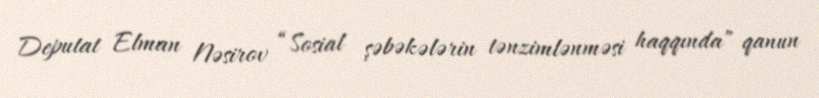
Deputat Elman Nəsirov “Sosial şəbəkələrin tənzimlənməsi haqqında” qanun